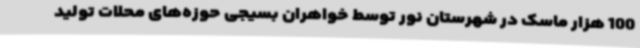
100 هزار ماسک در شهرستان نور توسط خواهران بسیجی حوزه‌های محلات تولید